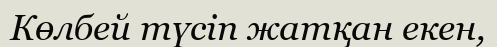
Көлбей түсіп жатқан екен,